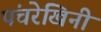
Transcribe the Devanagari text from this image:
पंचरेखिनी